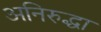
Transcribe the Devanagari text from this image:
अनिरुद्धा